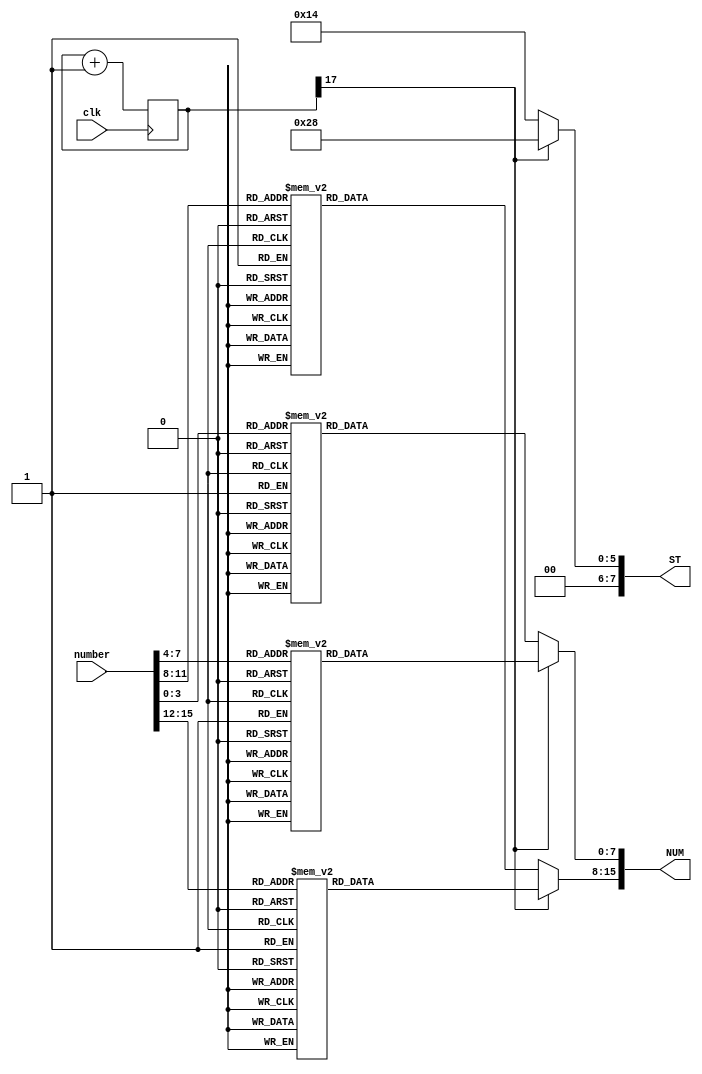
`timescale 1ns / 1ps

module segment(input clk, input [15:0] number, output reg [7:0] ST, output reg [15:0] NUM);
parameter _0 = 8'h3f;
parameter _1 = 8'h06;
parameter _2 = 8'h5b;
parameter _3 = 8'h4f;
parameter _4 = 8'h66;
parameter _5 = 8'h6d;
parameter _6 = 8'h7d;
parameter _7 = 8'h07;
parameter _8 = 8'h7f;
parameter _9 = 8'h6f;
parameter _E = 8'h79;//Error

reg [17:0] cnt = 0;

always @(posedge clk) cnt = cnt + 1;

always @* begin
    if(cnt[17]==1) begin
        ST = 8'b00101000;
        case(number[15:12])
            4'h0: NUM[15:8] <= _0;
            4'h1: NUM[15:8] <= _1;
            4'h2: NUM[15:8] <= _2;
            4'h3: NUM[15:8] <= _3;
            4'h4: NUM[15:8] <= _4;
            4'h5: NUM[15:8] <= _5;
            4'h6: NUM[15:8] <= _6;
            4'h7: NUM[15:8] <= _7;
            4'h8: NUM[15:8] <= _8;
            4'h9: NUM[15:8] <= _9;
            default: NUM[15:8] <= _E;
        endcase
        case(number[7:4])
            4'h0: NUM[7:0] <= _0;
            4'h1: NUM[7:0] <= _1;
            4'h2: NUM[7:0] <= _2;
            4'h3: NUM[7:0] <= _3;
            4'h4: NUM[7:0] <= _4;
            4'h5: NUM[7:0] <= _5;
            4'h6: NUM[7:0] <= _6;
            4'h7: NUM[7:0] <= _7;
            4'h8: NUM[7:0] <= _8;
            4'h9: NUM[7:0] <= _9;
            default: NUM[7:0] <= _E;
        endcase
    end else begin
        ST = 8'b00010100;
        case(number[11:8])
            4'h0: NUM[15:8] <= _0;
            4'h1: NUM[15:8] <= _1;
            4'h2: NUM[15:8] <= _2;
            4'h3: NUM[15:8] <= _3;
            4'h4: NUM[15:8] <= _4;
            4'h5: NUM[15:8] <= _5;
            4'h6: NUM[15:8] <= _6;
            4'h7: NUM[15:8] <= _7;
            4'h8: NUM[15:8] <= _8;
            4'h9: NUM[15:8] <= _9;
            default: NUM[15:8] <= _E;
        endcase
        case(number[3:0])
            4'h0: NUM[7:0] <= _0;
            4'h1: NUM[7:0] <= _1;
            4'h2: NUM[7:0] <= _2;
            4'h3: NUM[7:0] <= _3;
            4'h4: NUM[7:0] <= _4;
            4'h5: NUM[7:0] <= _5;
            4'h6: NUM[7:0] <= _6;
            4'h7: NUM[7:0] <= _7;
            4'h8: NUM[7:0] <= _8;
            4'h9: NUM[7:0] <= _9;
            default: NUM[7:0] <= _E;
        endcase
    end
end


endmodule